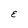
Character: E